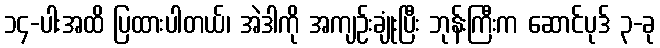
၁၄-ပါးအထိ ပြထားပါတယ်၊ အဲဒါကို အကျဉ်းချုံးပြီး ဘုန်းကြီးက ဆောင်ပုဒ် ၃-ခု